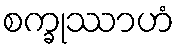
စက္ခုဿာဟံ